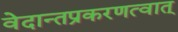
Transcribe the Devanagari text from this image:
वेदान्तप्रकरणत्वात्